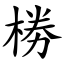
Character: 椦